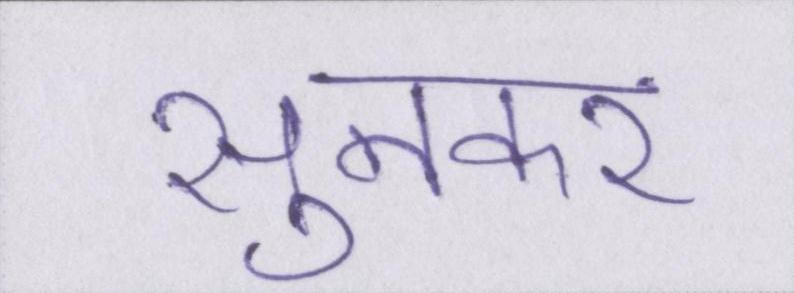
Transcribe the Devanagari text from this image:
सुनकर